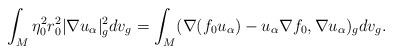
\begin{align*}\int_M\eta_0^2r_0^2|\nabla u_\alpha|_g^2dv_g = \int_M(\nabla(f_0u_\alpha) - u_\alpha\nabla f_0, \nabla u_\alpha)_gdv_g.\end{align*}